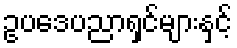
ဥပဒေပညာရှင်များနှင့်